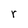
Character: r